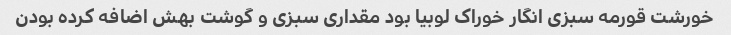
خورشت قورمه سبزی انگار خوراک لوبیا بود مقداری سبزی و گوشت بهش اضافه کرده بودن